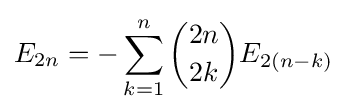
E_{2n}=-\sum _{k=1}^{n}{\binom {2n}{2k}}E_{2(n-k)}